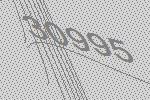
30995